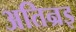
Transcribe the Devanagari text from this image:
अतिन्रइ